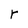
Character: r